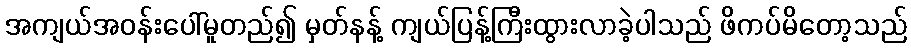
အကျယ်အဝန်းပေါ်မူတည်၍ မှတ်နန့် ကျယ်ပြန့်ကြီးထွားလာခဲ့ပါသည် ဖိကပ်မိတော့သည်